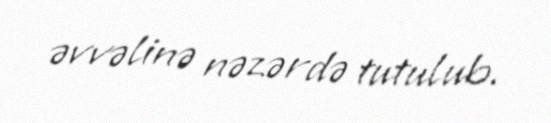
əvvəlinə nəzərdə tutulub.